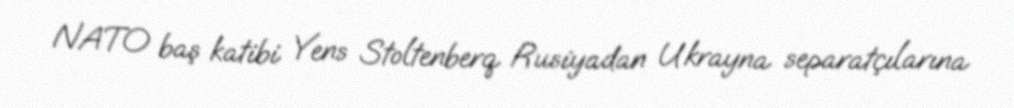
NATO baş katibi Yens Stoltenberq Rusiyadan Ukrayna separatçılarına